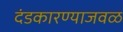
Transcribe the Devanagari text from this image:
दंडकारण्याजवळ